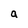
Character: a